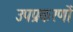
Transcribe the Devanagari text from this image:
उपप्रकरणों